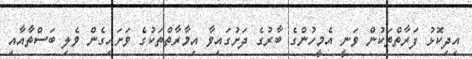
އިދިކޮޅު ފަރާތްތަކުން ވަނީ އެމީހުންގެ ބާރުގެ ދަށުގައިވާ އިމާރާތްތަކުގެ ވަށައިގެން ވެލި ބަސްތާއާއި